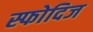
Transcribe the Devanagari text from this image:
स्फोदिज